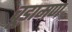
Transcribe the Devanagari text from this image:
चूड़ामण